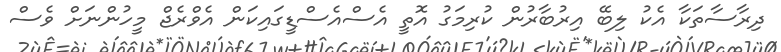
ދިރާސާތަކާ އެކު ލިބޭ އިރުބާރުން ކުރިމަގު އޮތީ އެސްއެސްޑީގައިކަން އެވްރެޖް މީހުންނަށް ވެސް